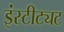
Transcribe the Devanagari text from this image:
इंस्टीट्यट